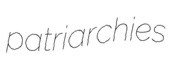
patriarchies